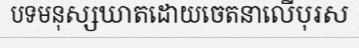
បទមនុស្សឃាតដោយចេតនាលើបុរស